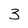
Character: 3